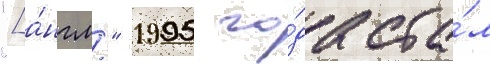
"[а́нгл." 1995 го́да ста́л